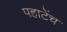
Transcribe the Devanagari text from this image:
पहाटेंच